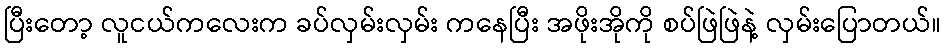
ပြီးတော့ လူငယ်ကလေးက ခပ်လှမ်းလှမ်း ကနေပြီး အဖိုးအိုကို စပ်ဖြဲဖြဲနဲ့ လှမ်းပြောတယ်။